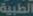
الطبية